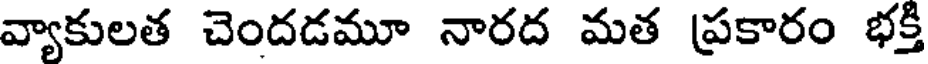
వ్యాకులత చెందడమూ నారద మత ప్రకారం భక్తి